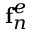
\mathbf { f } _ { n } ^ { e }